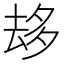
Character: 𠫾